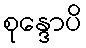
စုန္ဒောပိ